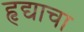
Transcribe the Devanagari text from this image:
हृद्याचा